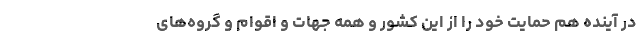
در آینده هم حمایت خود را از این کشور و همه جهات و اقوام و گروه‌های